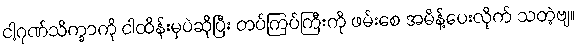
ငါ့ဂုဏ်သိက္ခာကို ငါထိန်းမှပဲဆိုပြီး တပ်ကြပ်ကြီးကို ဖမ်းစေ အမိန့်ပေးလိုက် သတဲ့ဗျ။